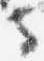
寺